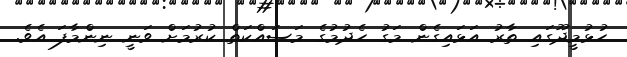
ހުޅުމީދޫގައި ތާރު އަޅައިގެން މަގު ހެދުމުގެ މަސައްކަތް ކުރުމަށް ވަނީ ނިންމާފަ އެވެ.